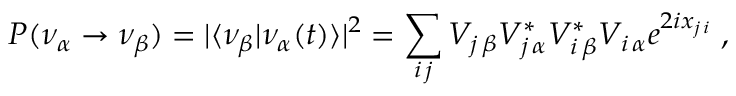
P ( \nu _ { \alpha } \rightarrow \nu _ { \beta } ) = | \langle \nu _ { \beta } | \nu _ { \alpha } ( t ) \rangle | ^ { 2 } = \sum _ { i \, j } V _ { j \, \beta } V _ { j \, \alpha } ^ { * } V _ { i \, \beta } ^ { * } V _ { i \, \alpha } e ^ { 2 i x _ { j \, i } } \; ,